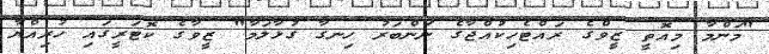
"މަންމާ މިއޮތީ ޒީވްގެ ރައްޓެހިކުއްޖާގެ ނަންބަރު ހިނގާ ގުޅާލަމާ" ޒީވާގެ ކޮޓަރީގައި ހުރިއްޔާ